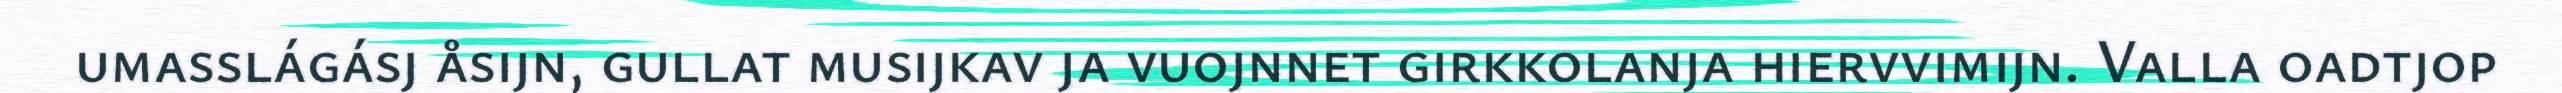
umasslágásj åsijn, gullat musijkav ja vuojnnet girkkolanja hiervvimijn. Valla oadtjop